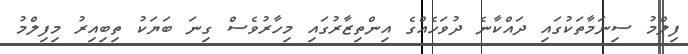
ފިލްމު ސިނަމާތަކުގައި ދައްކާނެ ދުވަހެއްގެ އިންތިޒާރުގައި މިހާރުވެސް ގިނަ ބަޔަކު ތިބިއިރު މިފިލްމު